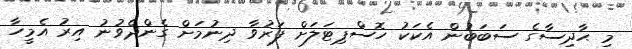
މި ޙާދިސާގެ ސަބަބުން އެކަކު ހޮސްޕިޓަލަށް ފަރުވާ ދިނުމަށް ގެންދެވުނު އިރު އެމީހާ